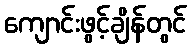
ကျောင်းဖွင့်ချိန်တွင်